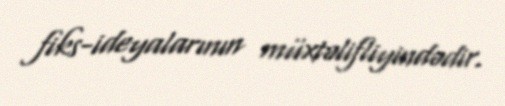
fiks-ideyalarının müxtəlifliyindədir.